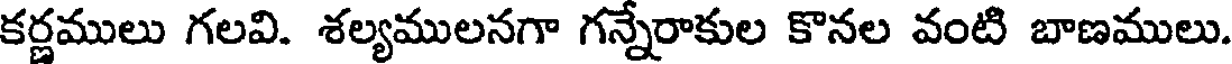
కర్ణములు గలవి. శల్యములనగా గన్నేరాకుల కొనల వంటి బాణములు.